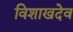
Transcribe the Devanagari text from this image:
विशाखदेव